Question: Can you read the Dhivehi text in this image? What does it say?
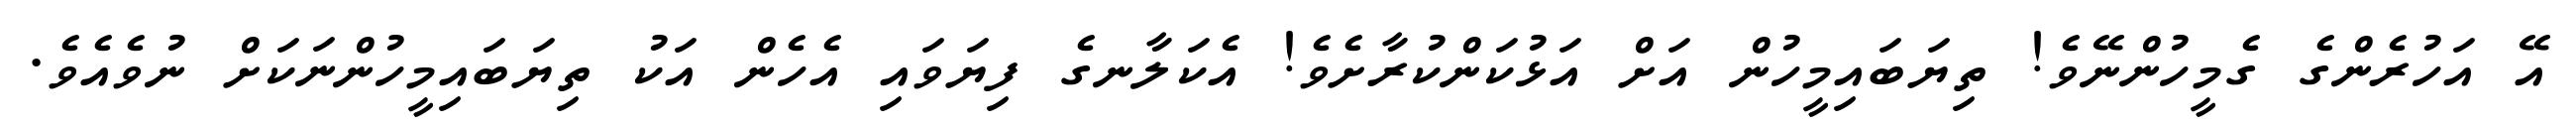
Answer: އޭ އަހުރެންގެ ގެމީހުންނޭވެ! ތިޔަބައިމީހުން އަށް އަޅުކަންކުރާށެވެ! އެކަލާނގެ ފިޔަވައި އެހެން އަކު ތިޔަބައިމީހުންނަކަށް ނުވެއެވެ.